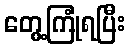
တွေ့ကြုံရပြီး